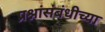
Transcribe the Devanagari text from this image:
प्रश्नांसंबंधीच्या